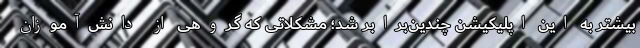
بیشتر به این اپلیکیشن چندین‌برابر شد؛ مشکلاتی که گروهی از دانش‌آموزان